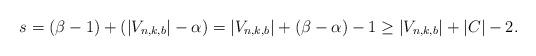
LaTeX: \begin{align*}s=(\beta -1)+(|V_{n,k,b}|-\alpha)=|V_{n,k,b}|+(\beta - \alpha)-1\geq |V_{n,k,b}|+|C|-2.\end{align*}